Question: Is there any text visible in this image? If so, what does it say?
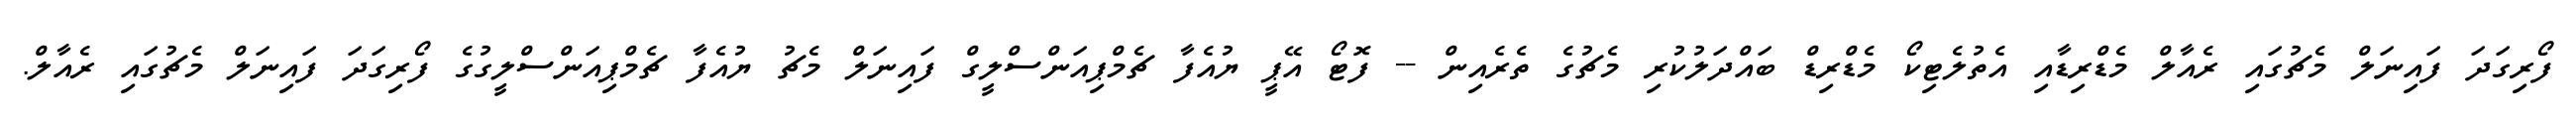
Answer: ފޯރިގަދަ ފައިނަލް މެޗުގައި ރެއާލް މެޑްރިޑާއި އެތުލެޓިކޯ މެޑްރިޑް ބައްދަލުކުރި މެޗުގެ ތެރެއިން -- ފޮޓޯ އޭޕީ ޔުއެފާ ޗެމްޕިއަންސްލީގް ފައިނަލް މެޗު ޔުއެފާ ޗެމްޕިއަންސްލީގުގެ ފޯރިގަދަ ފައިނަލް މެޗުގައި ރެއާލް.